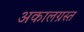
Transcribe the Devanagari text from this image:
अकालग्रस्त